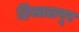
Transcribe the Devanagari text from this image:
हिलालपूर